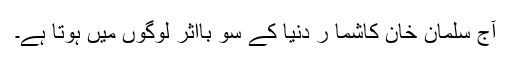
آج سلمان خان کاشما ر دنیا کے سو بااثر لوگوں میں ہوتا ہے۔